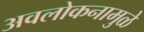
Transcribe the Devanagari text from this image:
अवलोकनामुळे